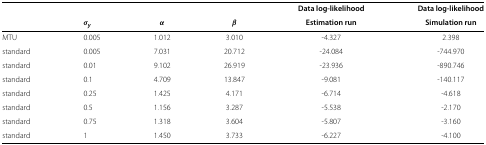
<table><thead><tr><td><b> </b></td><td><b> </b></td><td><b> </b></td><td><b> </b></td><td><b>Data log-likelihood</b></td><td><b>Data log-likelihood</b></td></tr><tr><td><b> </b></td><td><b><i>σ</i><sub><i>y</i></sub></b></td><td><b><i>α</i></b></td><td><b><i>β</i></b></td><td><b>Estimation run</b></td><td><b>Simulation run</b></td></tr></thead><tbody><tr><td>MTU</td><td>0.005</td><td>1.012</td><td>3.010</td><td>-4.327</td><td>2.398</td></tr><tr><td>standard</td><td>0.005</td><td>7.031</td><td>20.712</td><td>-24.084</td><td>-744.970</td></tr><tr><td>standard</td><td>0.01</td><td>9.102</td><td>26.919</td><td>-23.936</td><td>-890.746</td></tr><tr><td>standard</td><td>0.1</td><td>4.709</td><td>13.847</td><td>-9.081</td><td>-140.117</td></tr><tr><td>standard</td><td>0.25</td><td>1.425</td><td>4.171</td><td>-6.714</td><td>-4.618</td></tr><tr><td>standard</td><td>0.5</td><td>1.156</td><td>3.287</td><td>-5.538</td><td>-2.170</td></tr><tr><td>standard</td><td>0.75</td><td>1.318</td><td>3.604</td><td>-5.807</td><td>-3.160</td></tr><tr><td>standard</td><td>1</td><td>1.450</td><td>3.733</td><td>-6.227</td><td>-4.100</td></tr></tbody></table>